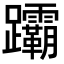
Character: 𬧞